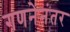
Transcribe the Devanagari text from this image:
गणनेनंतर